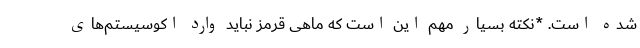
شده است. *نکته بسیار مهم این است که ماهی قرمز نباید وارد اکوسیستم‌های